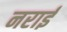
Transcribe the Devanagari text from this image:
नराई